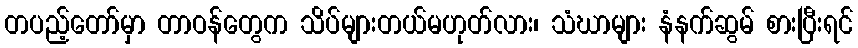
တပည့်တော်မှာ တာဝန်တွေက သိပ်များတယ်မဟုတ်လား၊ သံဃာများ နံနက်ဆွမ် စားပြီးရင်